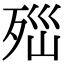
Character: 𣧽